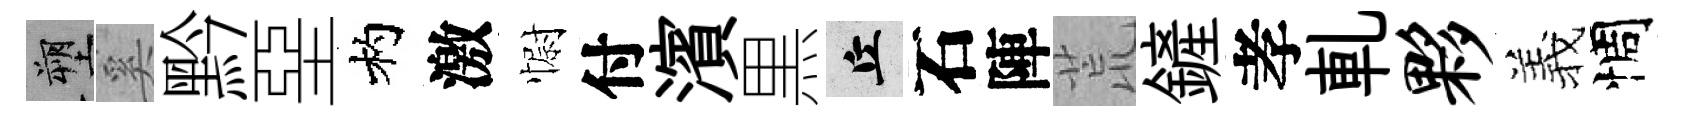
塑奚黔堊杓激𢠢付濱黒丘石陣荒鏟孝軋夥羲惆